Rangoon Lunatic Asylum 1878-1892 - 1878-1892
Year: 1878
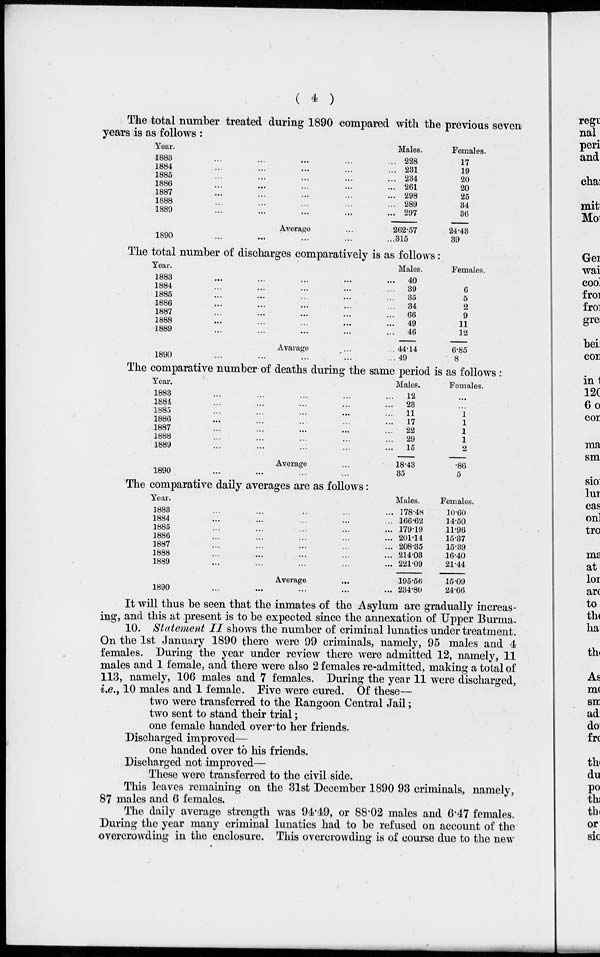
( 4 )
The total number treated during 1890 compared with the previous seven
years is as follows :
Year.
1883... ... ... ... ...
1884... ... ... ... ...
1885... ... ... ... ...
1886... ... ... ... ...
1887... ... ... ... ...
1888... ... ... ... ...
1889... ... ... ... ...
Average ...
1890... ... ... ... ...
Males.
228
231
234
261
298
289
297
262.57
315
Females.
17
19
20
20
25
34
36
24.43
39
The total number of discharges comparatively is as follows:
Year.
1883
...
...
...
...
...
1884 ... ... ... ... ...
1885 ... ... ... ... ...
1886 ... ... ... ... ...
1887 ... ... ... ... ...
1888 ... ... ... ... ...
1889 ... ... ... ... ...
Avarage ...
1890 ... ... ... ... ...
Males.
40
39
35
34
66
49
46
44.14
49
Females.
6
5
2
9
11
12
6.85
8
The comparative number of deaths during the same period is as follows :
Year.
1883 ... ... ... ... ...
1884 ... ... ... ... ...
1885 ... ... ... ... ...
1886 ... ... ... ... ...
1887 ... ... ... ... ...
1888 ... ... ... ... ...
1889 ... ... ... ... ...
Average ...
1890 ... ... ... ... ...
Males.
12
23
11
17
22
29
15
18.43
35
Females
...
...
1 1
1
1
2
.86
5
The comparative daily averages are as follows:
Year.
1883 ... ... ... ... ...
1884 ... ... ... ... ...
1885 ... ... ... ... ...
1886 ... ... ... ... ...
1887 ... ... ... ... ...
1888 ... ... ... ... ...
1889 ... ... ... ... ...
Average ...
1890 ... ... ... ... ...
Males.
178.48
166.62
179.19
201.14
208.35
214.03
221.09
195.56
234.80
Females.
10.60
14.50
11.96
15.37
15.39
16.40
21.44
15.09
24.66
It will thus be seen that the inmates of the Asylum are gradually increas-
ing, and this at present is to be expected since the annexation of Upper Burma.
10. Statement II shows the number of criminal lunatics under treatment.
On the 1st January 1890 there were 99 criminals, namely, 95 males and 4
females. During the year under review there were admitted 12, namely, 11
males and 1 female, and there were also 2 females re-admitted, making a total of
113, namely, 106 males and 7 females. During the year 11 were discharged,
i.e., 10 males and 1 female. Five were cured. Of these—
two were transferred to the Rangoon Central Jail;
two sent to stand their trial;
one female handed over to her friends.
Discharged improved—
one handed over to his friends.
Discharged not improved—
These were transferred to the civil side.
This leaves remaining on the 31st December 1890 93 criminals, namely,
87 males and 6 females.
The daily average strength was 94.49, or 88.02 males and 6.47 females.
During the year many criminal lunatics had to be refused on account of the
overcrowding in the enclosure. This overcrowding is of course due to the new